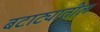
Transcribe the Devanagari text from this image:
बटाट्यातील